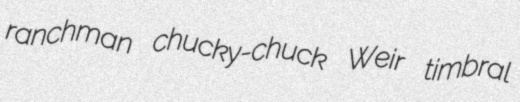
ranchman chucky-chuck Weir timbral